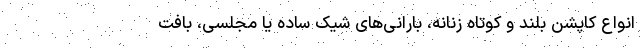
انواع کاپشن بلند و کوتاه زنانه، بارانی‌های شیک ساده یا مجلسی، بافت